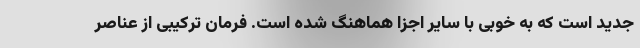
جدید است که به خوبی با سایر اجزا هماهنگ شده است. فرمان ترکیبی از عناصر